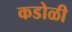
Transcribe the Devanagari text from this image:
कडोळी